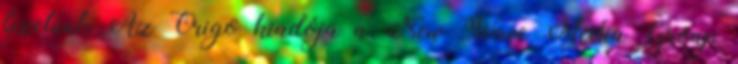
fizetünk Az Origo kiadója a New Wave Media Group